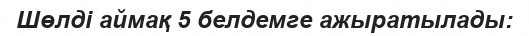
Шөлді аймақ 5 белдемге ажыратылады: